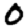
Digit: 0